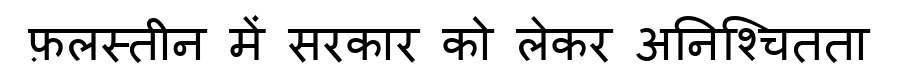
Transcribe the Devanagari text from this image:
फ़लस्तीन में सरकार को लेकर अनिश्चितता